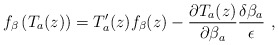
\begin{align*}f_\beta \left( T_a(z)\right) =T'_a(z)f_\beta (z)-\frac{\partial T_a(z)}{\partial \beta _a}\frac{\delta \beta _a}{\epsilon }\ ,\end{align*}